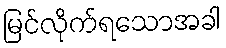
မြင်လိုက်ရသောအခါ